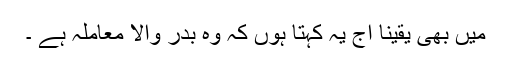
میں بھی یقیناً آج یہ کہتا ہوں کہ وہ بدر والا معاملہ ہے ۔